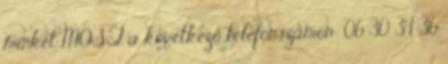
minket MOST a következő telefonszámon: 06 30 34 36